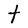
Character: t